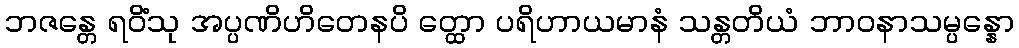
ဘဇန္တေ ရဝိံသု အပ္ပဏိဟိတေနပိ တ္ထော ပရိဟာယမာနံ သန္တတိယံ ဘာဝနာသမ္ပန္နော